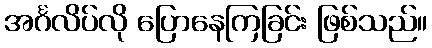
အင်္ဂလိပ်လို ပြောနေကြခြင်း ဖြစ်သည်။